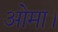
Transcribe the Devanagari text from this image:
ओमा।